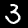
Label: 3